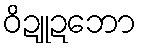
ဝိဍူဍဘော